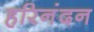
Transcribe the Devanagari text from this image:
हरिनंदन